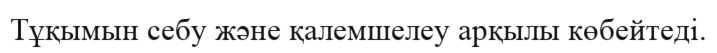
Тұқымын себу және қалемшелеу арқылы көбейтеді.